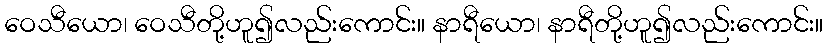
ဝေသီယော၊ ဝေသီတို့ဟူ၍လည်းကောင်း။ နာရီယော၊ နာရီတို့ဟူ၍လည်းကောင်း။